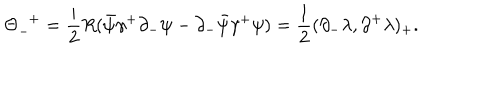
LaTeX: { \Theta } _ { - } ^ { \; \; + } = \frac { i } { 2 } R ( \bar { \psi } { \gamma } ^ { + } { \partial } _ { - } { \psi } - { \partial } _ { - } \bar { \psi } { \gamma } ^ { + } { \psi } ) = \frac { 1 } { 2 } ( { \partial } _ { - } { \lambda } , { \partial } ^ { + } { \lambda } ) _ { + } .